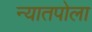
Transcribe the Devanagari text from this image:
न्यातपोला